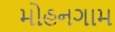
મોહનગામ